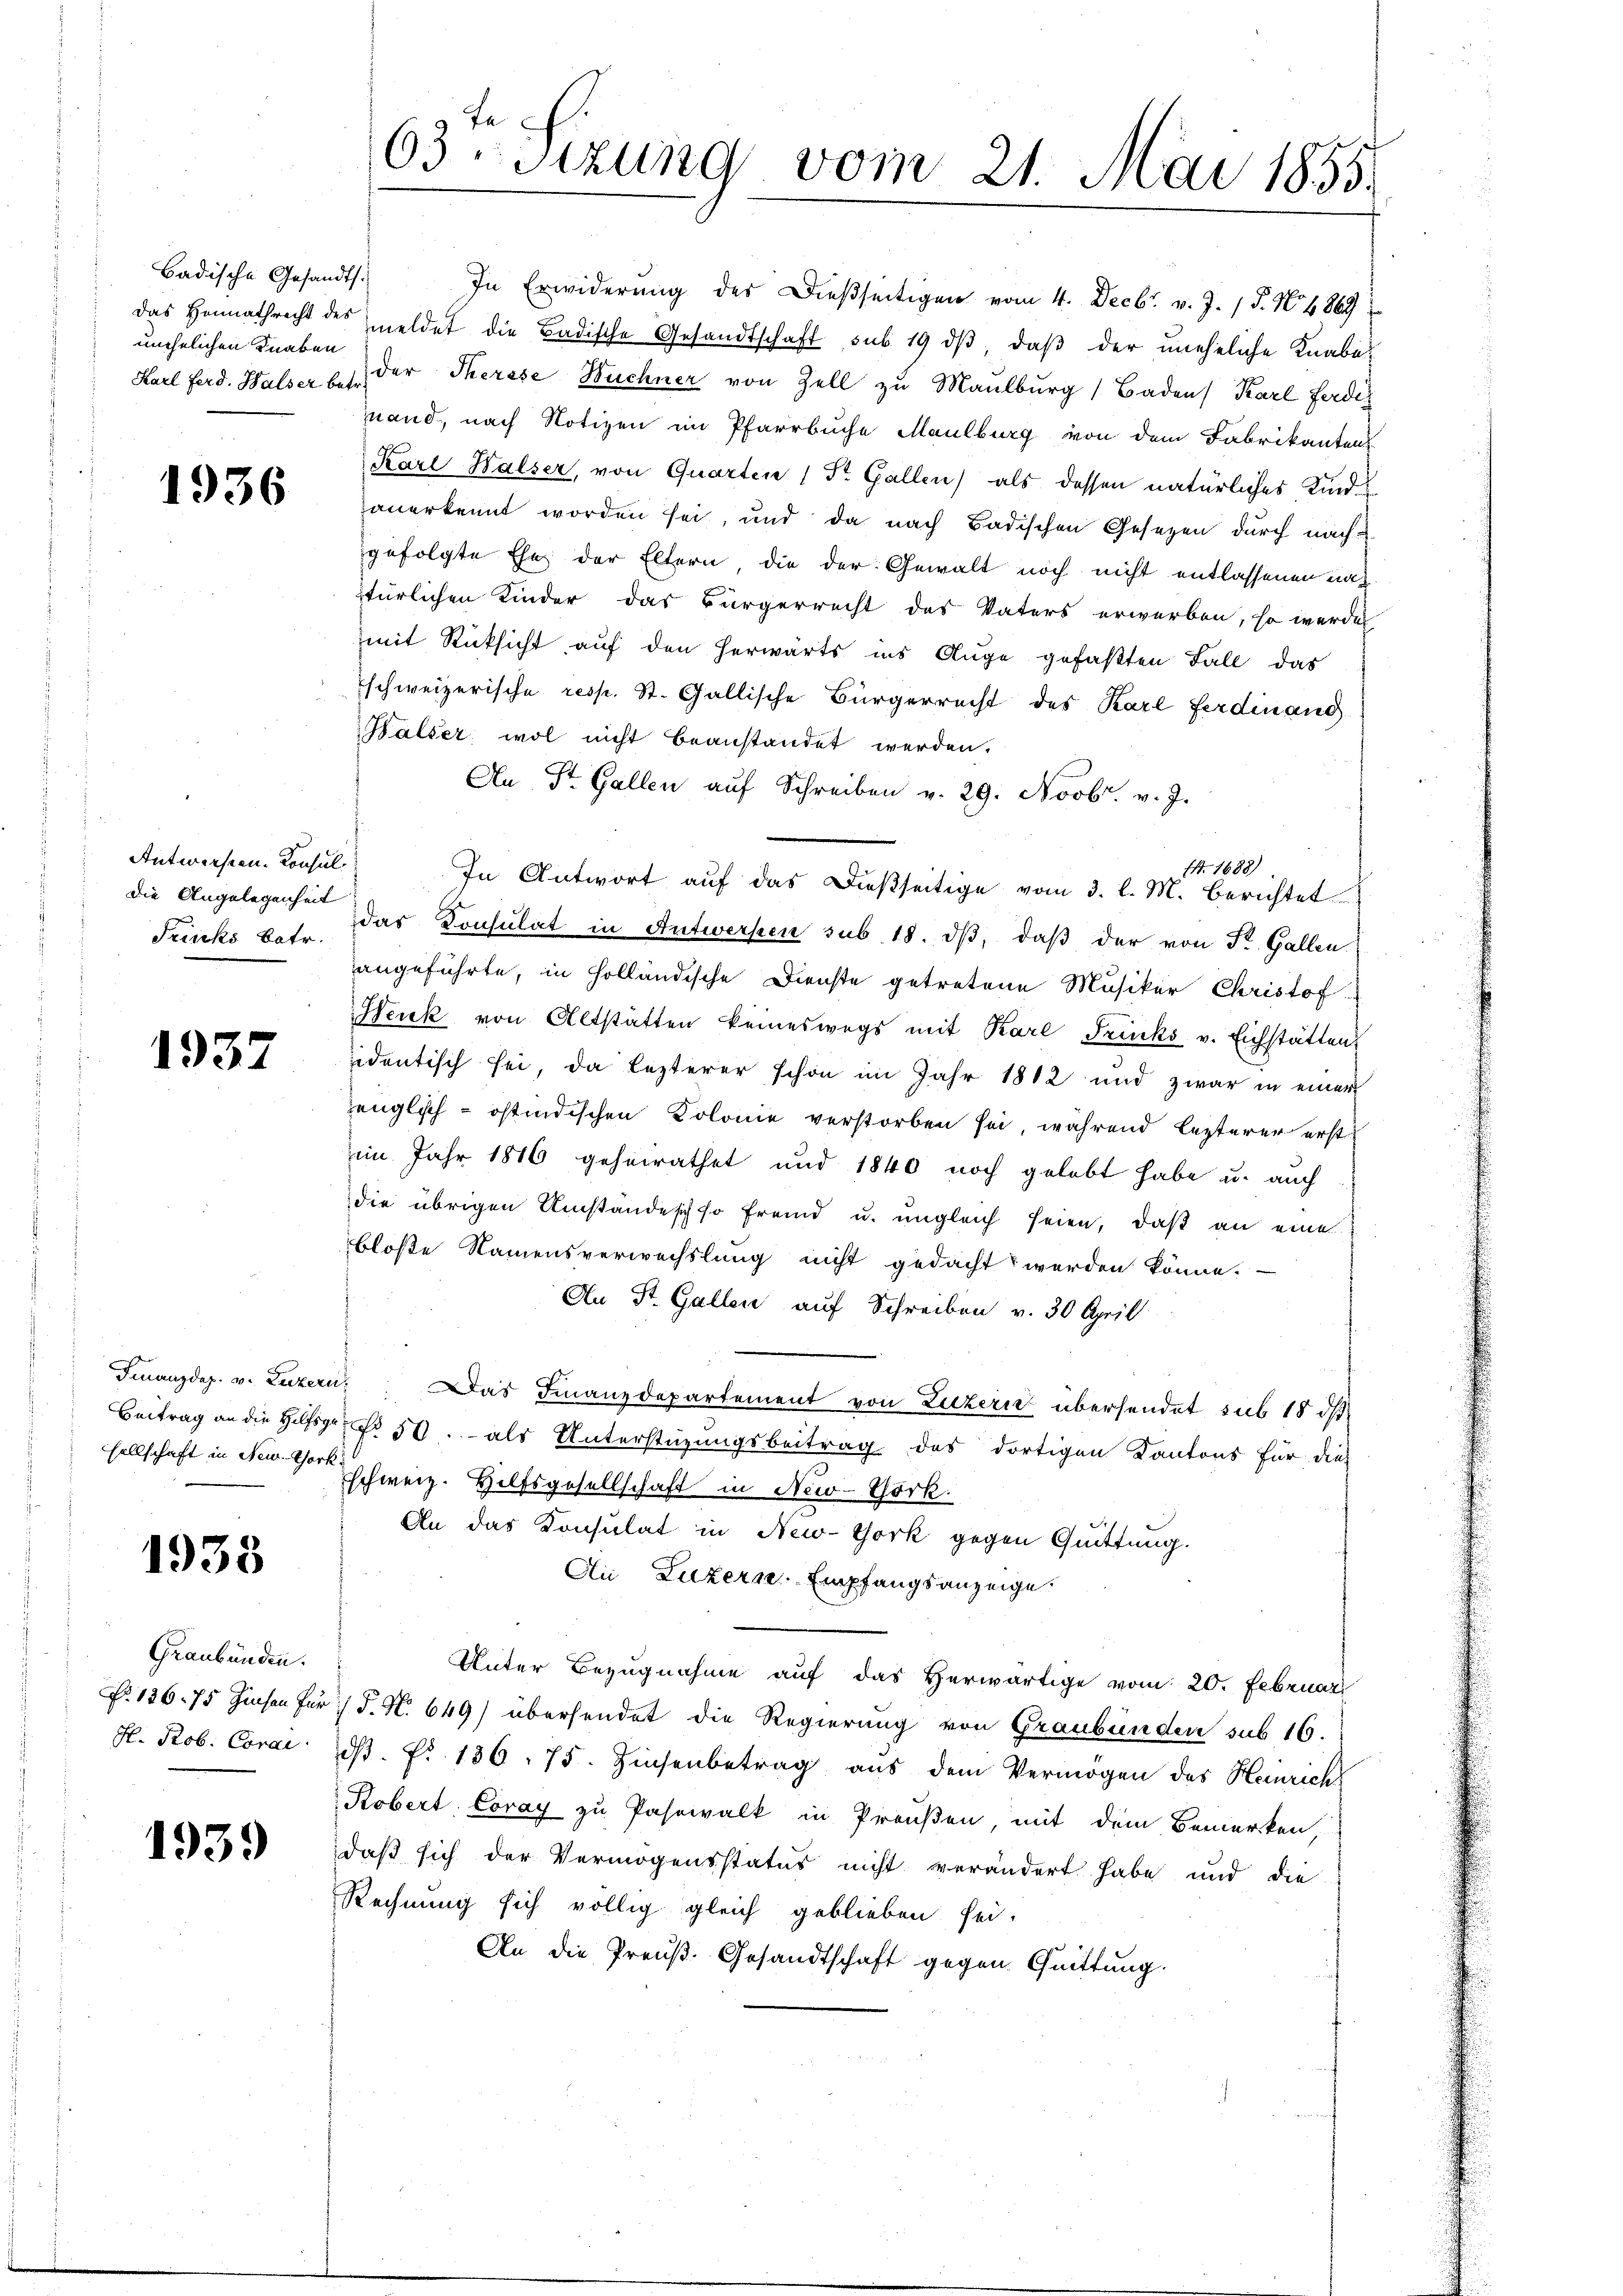
Badische Gesandts.
unehelichen Knaben

1936

Antworfen. Konsul
Die Angelegenheit
Trinks Batr.

1937

sellschaft in New York

1933

Graubünden.
H. Rob. Corai

1939

In Erwiderung des Dießseitigen vom 4. Decbr. v. J. P. Nr. 4869
das Heimathrecht des meldet die Badische Gesandtschaft sub 19 dβ, daβ der uneheliche Knabe
Karl Ferd. Halser u. s. der Therese Nuchner von Zell zu Maulburg Baden Karl Ferdiz
mand, nach Notizen im Pfarrbuche Maulburg von dem Fabrikanten
Karl Halser, von Quarten 1 St. Gallen) als dessen natürliches Kind
hauerkennt worden sei, und da nach Badischen Gesezen durch nach
gefolgte Ehe der Eltern, die der Gewalt noch nicht entlassenen nach
türlichen Kinder das Bürgerrecht des Vaters erwerben, so werde
mit Rücksicht auf den herwärts ins Auge gefaßten Fall das
schweizerische resp. St. Gallische Bürgerrecht des Karl Ferdinand
Halser wol nicht beanstandet werden.
An St. Gallen aŭf Schreiben v. 29. Novbr. v. J.
4. 1688)
In Antwort aŭf das dießseitige vom 3. l. M. berichtet
dar Konsulat in Antwersten sub 18. ds, daß der von St. Gallen
angeführte, in Holländische Dienste getretene Musiker Christof
Heuk von Altstätten keineswegs mit Karl Fricks v. Eichstätten
sidentisch sei, da lezterer schon im Jahr 1812 und zwar in einer
zenglisch-östindischen Kolonie verstorben sei, während lezterer erst
im Jahr 1886 geheirathet und 1840 noch gelebt habe u. auch
die übrigen Umstandesch so fremd u. ungleich seien, daß an eine
bloße Namensverwechslung nicht gedacht werden könne.
An St. Gallen auf Schreiben v. 30 April
Finanzdep. v. Luzern. Das Finanzdepartement von Luzern übersendet sub 18 d
Beitrag an die Hilfsge 50. als Unterstüzungsbeitrag des dortigen Kantons für dies
schweiz. Hilfsgesellschaft in New-York
An das Konsulat in New-York gegen Quittung.
Au Luzern Empfangsanzeige.
Unter Bezugnahme auf das Herwärtige vom 20. Februar
N. 136. 75 Zinsen für P. N. 649) übersendet die Regierung von Graubünden sub 16.
d. fr. 186. 75. Zinsenbetrag aus dem Vermögen des Heinrich
Kobert: Coray zu Pasrwalt in Preußen, mit dem Bemerken,
daß sich der Vermögensstatus nicht verändert habe und die
Rechnung sich völlig gleich geblieben sei.
An die Preuß. Gesandtschaft gegen Quittung.

63. Sizung vom 21. Mai 1855.